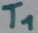
Text: T1